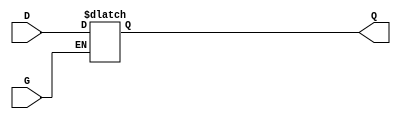
module gated_transparent_latch (
    input wire D,      // Data input
    input wire G,      // Enable (Gate) input
    output reg Q       // Output
);

always @(*) begin
    if (G) begin
        Q = D; // When G is high, pass D to Q
    end
    // When G is low, Q retains its previous value
end

endmodule